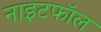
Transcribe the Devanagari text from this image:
नाइटफॉल